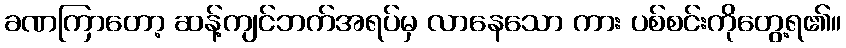
ခဏကြာတော့ ဆန့်ကျင်ဘက်အရပ်မှ လာနေသော ကား ပစ်စင်းကိုတွေ့ရ၏။